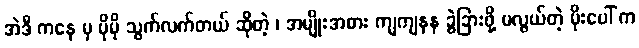
အဲဒီ ကနေ မှ ပိုမို သွက်လက်တယ် ဆိုတဲ့ ၊ အမျိုးအစား ကျကျနန ခွဲခြားဖို့ မလွယ်တဲ့ မိုးပေါ် က